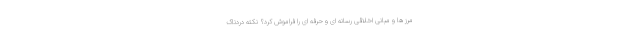
مرز ها و مبانی اخلاقی رسانه ای و حرفه ای را فراموش کرد؟ نکته دردناک